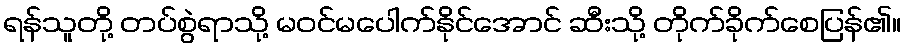
ရန်သူတို့ တပ်စွဲရာသို့ မဝင်မပေါက်နိုင်အောင် ဆီးသို့ တိုက်ခိုက်စေပြန်၏။